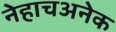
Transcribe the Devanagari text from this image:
नेहाचअनेक